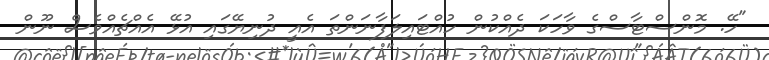
"ހޭ. މޮންސްޓާސްގެ ވާހަކަ ދެއްކުން ހުއްޓައިލަފާނަންތަ އެއީ ދުނިޔޭގައި އުޅޭ އެއްޗެއްވެސް ނޫން